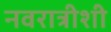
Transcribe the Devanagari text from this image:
नवरात्रीशी